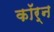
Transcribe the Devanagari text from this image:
कॉर्न